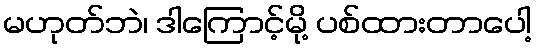
မဟုတ်ဘဲ၊ ဒါကြောင့်မို့ ပစ်ထားတာပေါ့